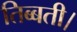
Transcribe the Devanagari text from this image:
तिब्बती।